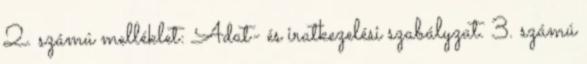
2. számú melléklet: Adat- és iratkezelési szabályzat. 3. számú